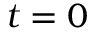
t = 0